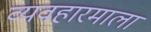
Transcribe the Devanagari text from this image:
व्यवहारमाला